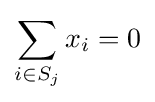
\sum _{i\in S_{j}}x_{i}=0